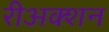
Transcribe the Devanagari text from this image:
रीअक्शन